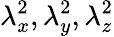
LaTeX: \lambda_{x}^{2},\lambda_{y}^{2},\lambda_{z}^{2}